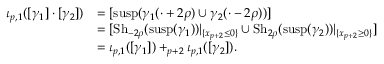
\begin{array} { r l } { \iota _ { p , 1 } ( [ \gamma _ { 1 } ] \cdot [ \gamma _ { 2 } ] ) } & { = [ \mathrm { s u s p } ( \gamma _ { 1 } ( \cdot + 2 \rho ) \cup \gamma _ { 2 } ( \cdot - 2 \rho ) ) ] } \\ & { = [ { \mathrm { S h } _ { - 2 \rho } } ( \mathrm { s u s p } ( \gamma _ { 1 } ) ) | _ { \{ x _ { p + 2 } \leq 0 \} } \cup { \mathrm { S h } _ { 2 \rho } } ( \mathrm { s u s p } ( \gamma _ { 2 } ) ) | _ { \{ x _ { p + 2 } \geq 0 \} } ] } \\ & { = \iota _ { p , 1 } ( [ \gamma _ { 1 } ] ) + _ { p + 2 } \iota _ { p , 1 } ( [ \gamma _ { 2 } ] ) . } \end{array}